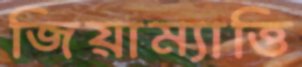
জিয়াম্যাত্তি